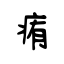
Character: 痏